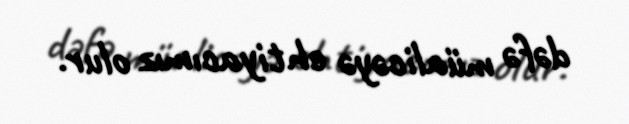
dəfə müalicəyə ehtiyacımız olur.